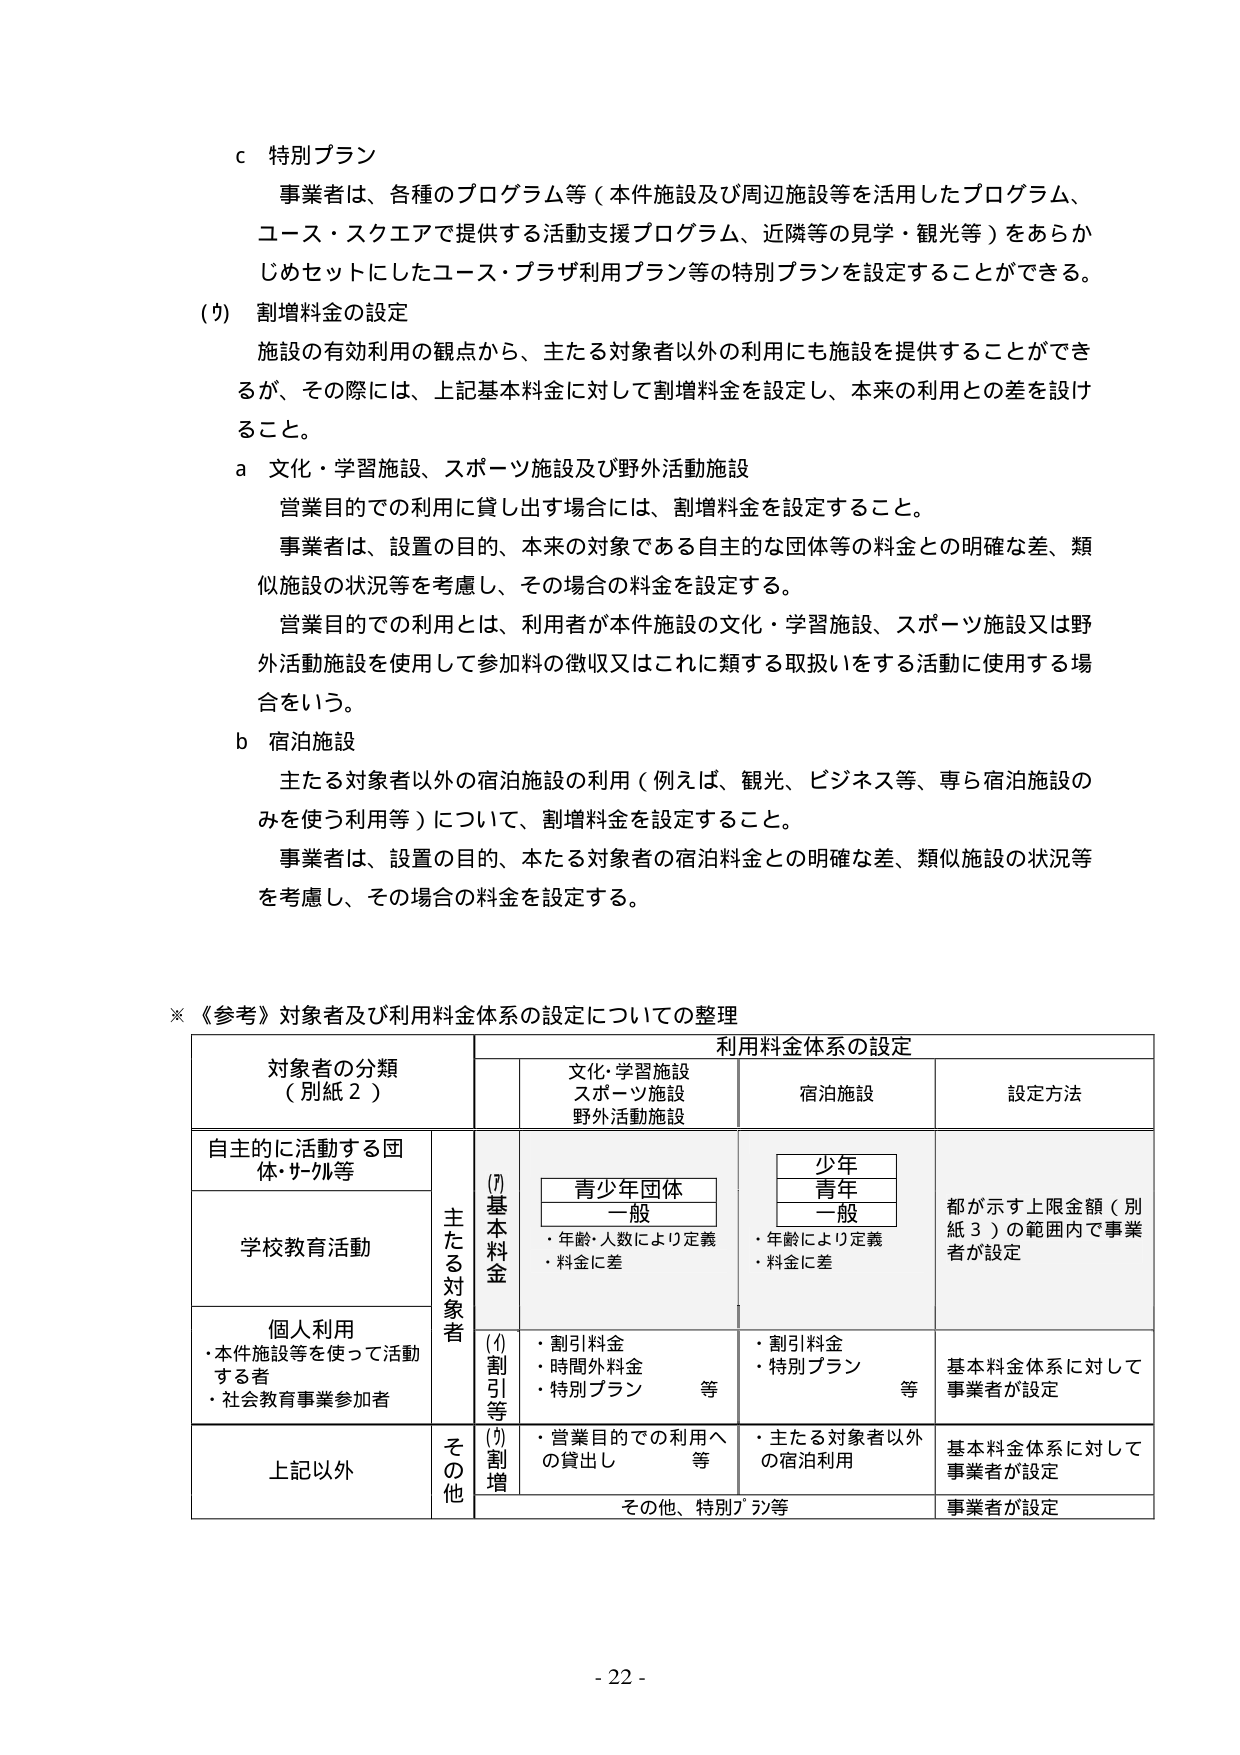
c 特別プラン
事業者は、各種のプログラム等（本件施設及び周辺施設等を活用したプログラム、
コース・スクエアで提供する活動支援プログラム、近隣等の見学・観光等）をあらか
じめセットにしたコース・プラザ利用プラン等の特別プランを設定することができる。

(ウ) 割増料金の設定
施設の有効利用の観点から、主たる対象者以外の利用にも施設を提供することができ
るが、その際には、上記基本料金に対して割増料金を設定し、本来の利用との差を設け
ること。

a 文化・学習施設、スポーツ施設及び野外活動施設
営業目的での利用に貸し出す場合には、割増料金を設定すること。
事業者は、設置の目的、本来の対象である自主的な団体等の料金との明確な差、類
似施設の状況等を考慮し、その場合の料金を設定する。
営業目的での利用とは、利用者が本件施設の文化・学習施設、スポーツ施設又は野
外活動施設を使用して参加料の徴収又はこれに類する取扱いをする活動に使用する場
合をいう。

b 宿泊施設
主たる対象者以外の宿泊施設の利用（例えば、観光、ビジネス等、専ら宿泊施設の
みを使う利用等）について、割増料金を設定すること。
事業者は、設置の目的、本たる対象者の宿泊料金との明確な差、類似施設の状況等
を考慮し、その場合の料金を設定する。

※《参考》対象者及び利用料金体系の設定についての整理

対象者の分類
（別紙２）

利用料金体系の設定

文化・学習施設
スポーツ施設
野外活動施設

宿泊施設

設定方法

自主的に活動する団
体・サークル等

主たる対象者

(ア) 基本料金

青少年団体
一般
・年齢・人数により定義
・料金に差

少年
青年
一般
・年齢により定義
・料金に差

都が示す上限金額（別
紙３）の範囲内で事業
者が設定

学校教育活動

個人利用
・本件施設等を使って活動
する者
・社会教育事業参加者

(イ) 割引等

・割引料金
・時間外料金
・特別プラン 等

・割引料金
・特別プラン 等

基本料金体系に対して
事業者が設定

上記以外

その他

(ウ) 割増

・営業目的での利用へ
の貸出し 等

・主たる対象者以外
の宿泊利用

基本料金体系に対して
事業者が設定

その他、特別プラン等
事業者が設定

- 22 -